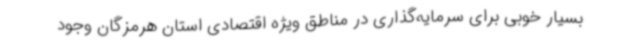
بسیار خوبی برای سرمایه‌گذاری در مناطق ویژه اقتصادی استان هرمزگان وجود